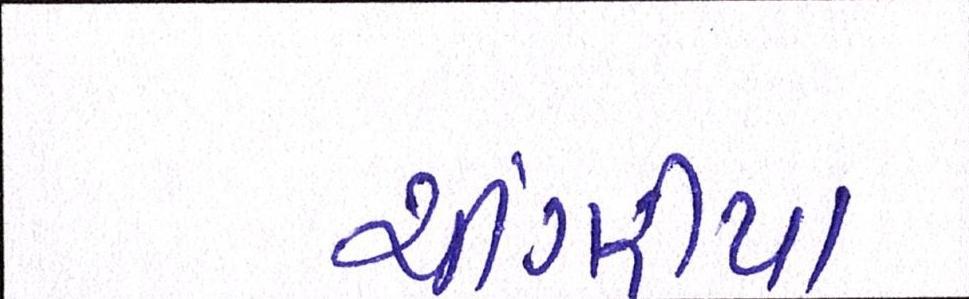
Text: ચીંગરીયા